Report of the King Institute of Preventive Medicine, Guindy
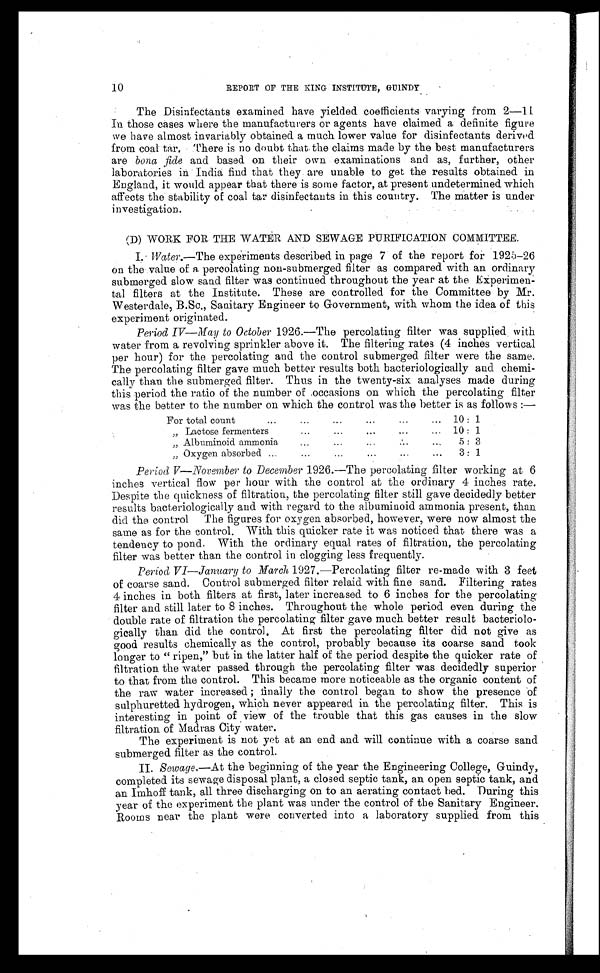
10
REPORT OF THE KING INSTITUTE, GU1NDY
The Disinfectants examined have yielded coefficients varying from 2—11
In those cases where the manufacturers or agents have claimed a definite figure
we have almost invariably obtained a much lower value for disinfectants derived
from coal tar, There is no doubt that the claims made by the best manufacturers
are bona fide and based on their own examinations and as, further, other
laboratories in India find that they are unable to get the results obtained in
England, it would appear that there is some factor, at present undetermined which
affects the stability of coal tar disinfectants in this country. The matter is under
investigation.
(D) WORK FOR THE WATER AND SEWAGE PURIFICATION COMMITTEE.
I. Water.—The experiments described in page 7 of the report for 1925-26
on the value of a percolating non-submerged filter as compared with an ordinary
submerged slow sand filter was continued throughout the year at the Experimen–
tal filters at the Institute. These are controlled for the Committee by Mr.
Westerdale, B.Sc., Sanitary Engineer to Government, with whom the idea of this
experiment originated.
Period IV—May to October 1926.—The percolating filter was supplied with
water from a revolving sprinkler above it. The filtering rates (4 inches vertical
per hour) for the percolating and the control submerged filter were the same.
The percolating filter gave much better results both bacteriologically and chemi
– c a l l y t h a n t h e s u b m e r g e d f i l t e r . T h u s i n t h e t w e n t y - s i x a n a l y s e s m a d e d u r i n g
this period the ratio of the number of .occasions on which the percolating filter
was the better to the number on which the control was the better is as follows :—
...
...
...
...
For total count...
. . .
...
.••
...
„ Lactose fermenters... 10 : 1
„ Albuminoid ammonia...
...
...
...
...
5 :
3
...
. ..
...
...
...
„ Oxygen absorbed...
3 :
1
Period V—November to December 1926.—The percolating filter working at 6
inches vertical flow per hour with the control at the ordinary 4 inches rate.
Despite the quickness of filtration, the percolating filter still gave decidedly better
results bacteriologically and with regard to the albumiuoid ammonia present, than
did the control The figures for oxygen absorbed, however, were now almost the
same as for the control. With this quicker rate it was noticed that there was a
tendency to pond. With the ordinary equal rates of filtration, the percolating
filter was better than the control in clogging less frequently.
Period VI—January to March 1927.—Percolating filter re-made with 3 feet
of coarse sand. Control submerged filter relaid with fine sand. Filtering rates
4 inches in both filters at first, later increased to 6 inches for the percolating
filter and still later to 8 inches. Throughout the whole period even during the
double rate of filtration the percolating filter gave much better result bacteriolo
– g i c a l l y t h a n d i d t h e c o n t r o l . A t f i r s t t h e p e r c o l a t i n g f i l t e r d i d n o t g i v e a s
good results chemically as the control, probably because its coarse sand took
longer to " ripen," but in the latter half of the period despite the quicker rate of
filtration the water passed through the percolating filter was decidedly superior
to that from the control. This became more noticeable as the organic content of
the raw water increased ; finally the control began to show the presence of
sulphuretted hydrogen, which never appeared in the percolating filter. This is
interesting in point of view of the trouble that this gas causes in the slow
filtration of Madras City water.
The experiment is not yet at an end and will continue with a coarse sand
submerged filter as the control.
II. Sewage.—At the beginning of the year the Engineering College, Guindy,
completed its sewage disposal plant, a closed septic tank, an open septic tank, and
an Imhoff tank, all three discharging on to an aerating contact bed. During this
year of the experiment the plant was under the control of the Sanitary Engineer.
Rooms near the plant were converted into a laboratory supplied from this